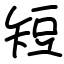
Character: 短